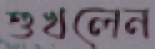
শুখলেন